Scottish Certificate of Education, 1962
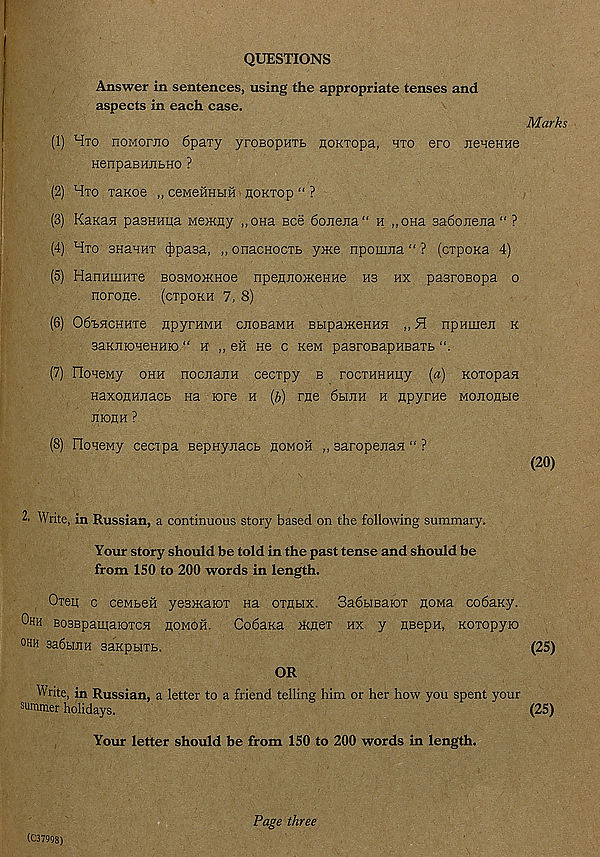
QUESTIONS
Answer in sentences, using the appropriate tenses and
aspects in each case.
(1) Hto noMorao 6pary yroeopHTb flOKTOpa, hto ero nenenHe
HenpaBHJibHO ?
(2) Hto Tanoe „ ceMeHHbm noKTop “ ?
(3) KaKan pasHHpa Me>Kny „OHa see 6onejTa“ h „OHa 3a6oJiejia “ ?
(4) Hto anaHHT (Jjpasa, ,, onacnocTb ynte npoinna “ ? (cTpona 4)
(5) HanmuHTe bosmokhoo npenJioJKOHHe H3 hx pasroBopa o
norone. (ctpokh 7, 8)
(6) OdbHCHHTe npyrHMH cnoBaMH BbipajxeHHH „ H npHineji k
saKJimeHHio “ h ,, eii ho c kom pasroBapHBaTb
(7) IIoaeMy ohh nocaajiH cecTpy b rocTHHHpy (a) KOTopan
HaxonHJTacb na rare h (b) rne 6hum h npyrne Moaonbie
nronH ?
(8) IloHeMy cecipa BepHyxacb aomoh „ saropexa^ “ ?
2. Write, in Russian, a continuous story based on the following summary.
Your story should be told in the past tense and should be
from 150 to 200 words in length.
Oreii c ceMbex yesxtaiOT na othbix. 3a6biBaraT noMa cobaity.
Ohh BosBpautaraTCH homoh. Codaxa mgeT hx y jpepH, KOTopyra
ohh sadbuiH saKpbiTb.
OR
Write, in Russian, a letter to a friend telling him or her how you spent your
summer holidays.
Your letter should be from 150 to 200 words in length.
Page three
(C37998)
Marks
(20)
(25)
(25)